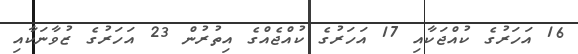
16 އަހަރުގެ ކުއްޖަކާއި 17 އަހަރުގެ ކުއްޖެއްގެ އިތުރުން 23 އަހަރުގެ ޒުވާނަކާއި